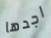
اجدها